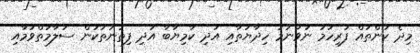
މިދެ ކަންތައް ފުރިހަމަ ނުވާނަމަ ހިދާޔަތާއި އަދި ކާމިޔާބާ އަދި ފިތުނަތަކުން ސަލާމަތްވުމާއި